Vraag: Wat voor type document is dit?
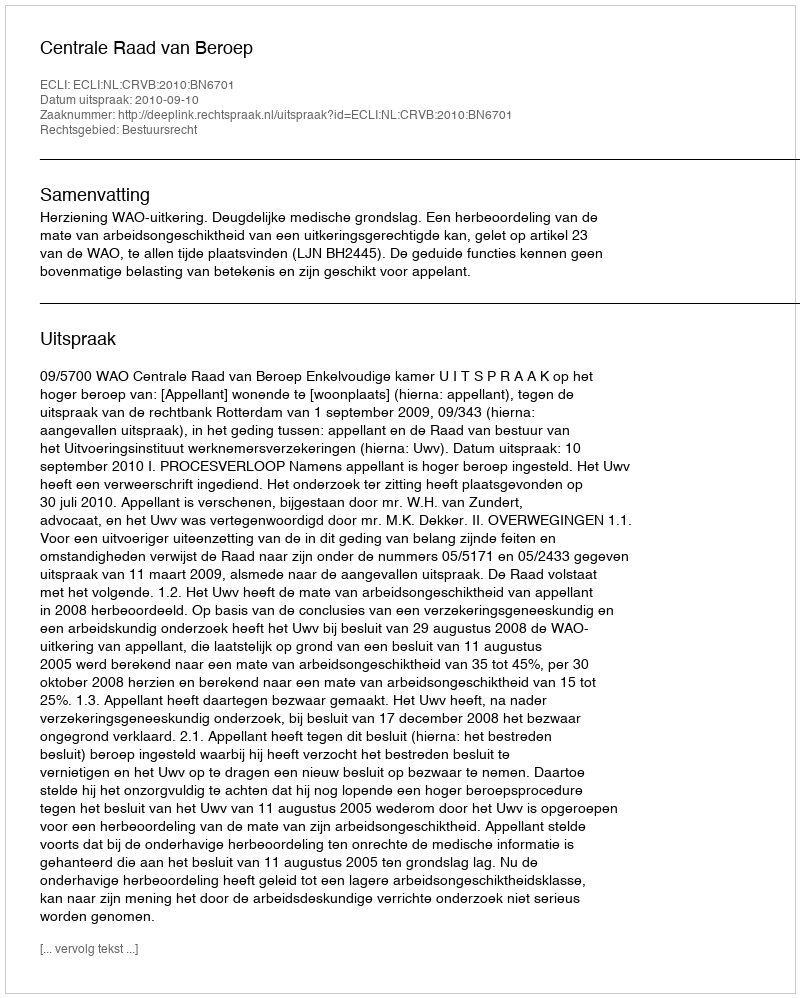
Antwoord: Uitspraak